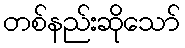
တစ်နည်းဆိုသော်